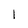
Character: l